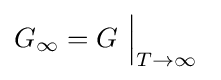
G_{\infty }=G\ {\Big |}_{T\rightarrow \infty }\